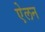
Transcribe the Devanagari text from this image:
एेलन